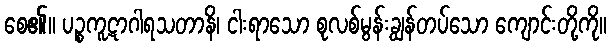
စေ၏။ ပဉ္စကူဋာဂါရသတာနိ၊ ငါးရာသော စုလစ်မွန်းချွန်တပ်သော ကျောင်းတို့ကို။